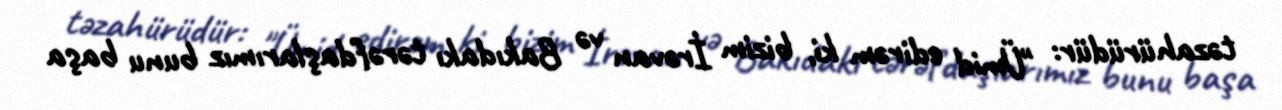
təzahürüdür: "Ümid edirəm ki, bizim İrəvan və Bakıdakı tərəfdaşlarımız bunu başa